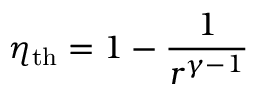
\eta _ { \mathrm { { t h } } } = 1 - { \frac { 1 } { r ^ { \gamma - 1 } } }